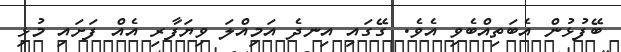
ބޭފުޅުން އެބަތިއްބެވި އެވެ. ގޭގައި އިނދެ އަމިއްލަ ވިޔަފާރި އެއް ފަށައި މުޅި